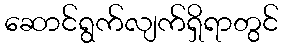
ဆောင်ရွက်လျက်ရှိရာတွင်